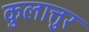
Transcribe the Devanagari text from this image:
कुलात्तुर